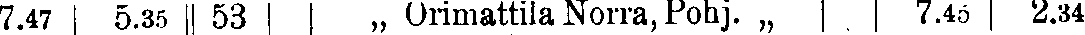
7.47 5.35 53  „ Orimattila Norra, Pohj. „ 7.45 2.34